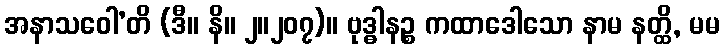
အနာသဝေါ’တိ (ဒီ။ နိ။ ၂။၂၀၇)။ ဗုဒ္ဓါနဉ္စ ကထာဒေါသော နာမ နတ္ထိ, မမ